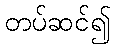
တပ်ဆင်၍